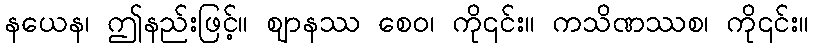
နယေန၊ ဤနည်းဖြင့်။ ဈာနဿ စေဝ၊ ကို၎င်း။ ကသိဏဿစ၊ ကို၎င်း။